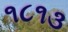
૧૮૧૩